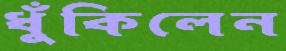
ধুঁকিলেন